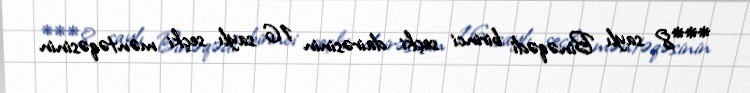
***8 saylı Binəqədi birinci seçki dairəsinin 16 saylı seçki məntəqəsinin